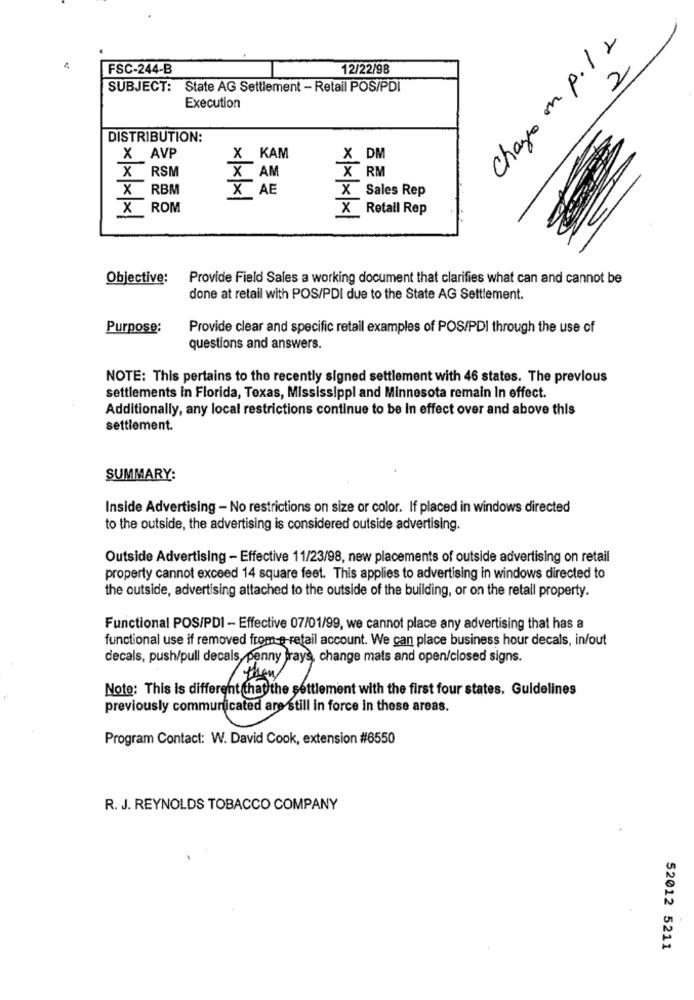
Chagio on p. 1 2
FSC-244-B
12/22/98
2
SUBJECT: State AG Settlement - Retail POS/PDI
Execution
DISTRIBUTION:
X AVP
X KAM
X DM
X RSM
X AM
X RM
X RBM
X AE
X Sales Rep
X ROM
X Retail Rep
Objective:
Provide Field Sales a working document that clarifies what can and cannot be
done at retail with POS/PDI due to the State AG Settlement.
Purpose:
Provide clear and specific retail examples of POS/PDI through the use of
questions and answers.
NOTE: This pertains to the recently signed settlement with 46 states. The previous
settlements in Florida, Texas, Mississippi and Minnesota remain In effect.
Additionally, any local restrictions continue to be in effect over and above this
settlement.
SUMMARY:
Inside Advertising - No restrictions on size or color. If placed in windows directed
to the outside, the advertising is considered outside advertising.
Outside Advertising - Effective 11/23/98, new placements of outside advertising on retail
property cannot exceed 14 square feet. This applies to advertising in windows directed to
the outside, advertising attached to the outside of the building, or on the retail property.
Functional POS/PDI - Effective 07/01/99, we cannot place any advertising that has a
functional use if removed from-e-retail account. We can place business hour decals, in/out
decals, push/pull decals, penny trays, change mats and open/closed signs.
Note: This is different that the settlement with the first four states. Guidelines
previously communicated are still in force in these areas.
Program Contact: W. David Cook, extension #6550
R. J. REYNOLDS TOBACCO COMPANY
52012 5211